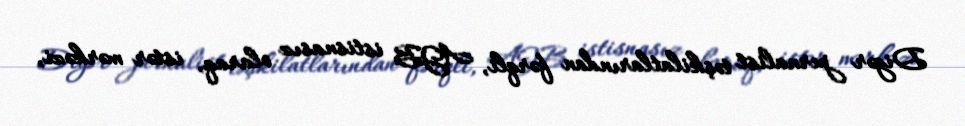
Digər jurnalist təşkilatlarından fərqli, AJB istisnasız olaraq, istər mərkəzi,